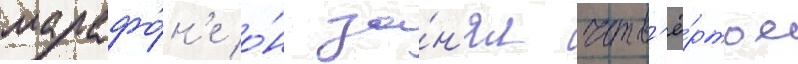
марафо́н'е о́н за́н'ял четв'ё́ртое